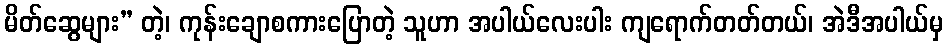
မိတ်ဆွေများ” တဲ့၊ ကုန်းချောစကားပြောတဲ့ သူဟာ အပါယ်လေးပါး ကျရောက်တတ်တယ်၊ အဲဒီအပါယ်မှ